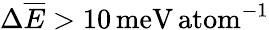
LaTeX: \Delta\overline{{E}}>10\, \mathrm{meV\, atom}^{-1}